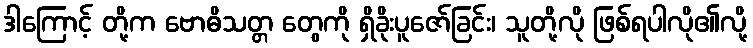
ဒါကြောင့် တို့က ဗောဓိသတ္တ တွေကို ရှိခိုးပူဇော်ခြင်း၊ သူတို့လို ဖြစ်ရပါလို၏လို့